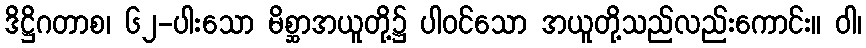
ဒိဋ္ဌိဂတာစ၊ ၆၂-ပါးသော မိစ္ဆာအယူတို့၌ ပါဝင်သော အယူတို့သည်လည်းကောင်း။ ဝါ၊